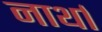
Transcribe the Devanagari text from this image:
नार्था